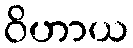
ဝိဟာယ